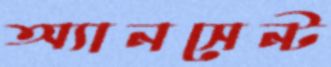
অ্যানসেন্ট